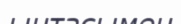
ынтасымен